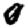
Digit: 0